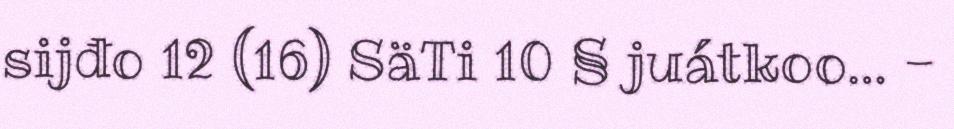
sijđo 12 (16) SäTi 10 § juátkoo… -